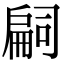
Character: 𢩚